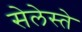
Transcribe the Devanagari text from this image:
सेलेस्ते